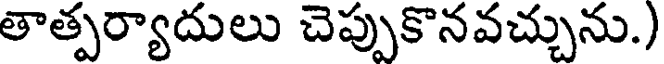
తాత్పర్యాదులు చెప్పుకొనవచ్చును.)